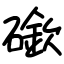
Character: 䃢